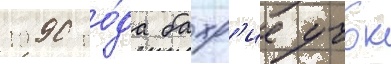
1990 го́да бахр'ие учок